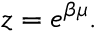
z = e ^ { \beta \mu } .